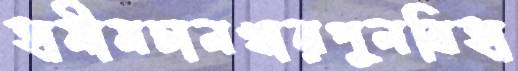
হামীমচানখারপুলবিহা